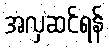
အလှဆင်ရန်